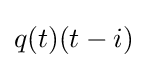
q(t)(t-i)